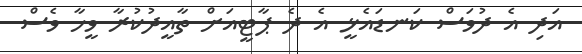
އަދި އެ ދުވަސް ކަނޑައެޅީ އެ ދެ ޕާޓީއަށް ތާއީދުކުރާ ވީހާ ވެސް